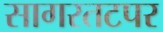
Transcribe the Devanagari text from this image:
सागरतटपर